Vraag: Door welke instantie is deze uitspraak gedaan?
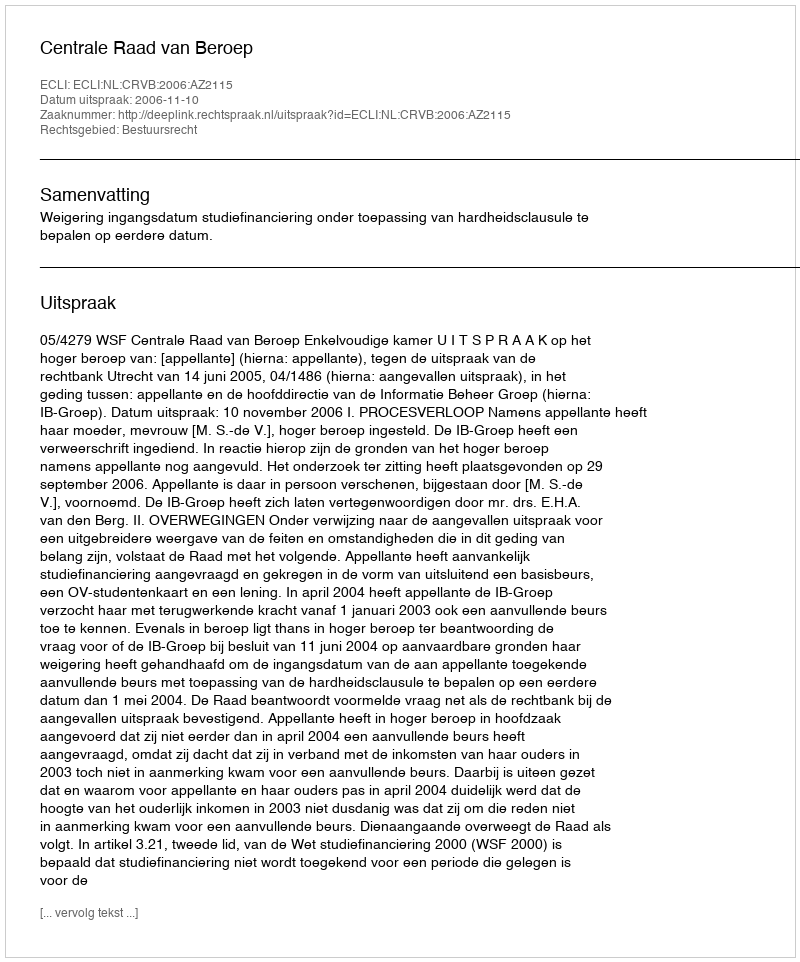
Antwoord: Centrale Raad van Beroep